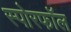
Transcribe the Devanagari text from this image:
स्पोरफॉल